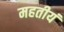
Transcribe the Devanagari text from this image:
महतीयं